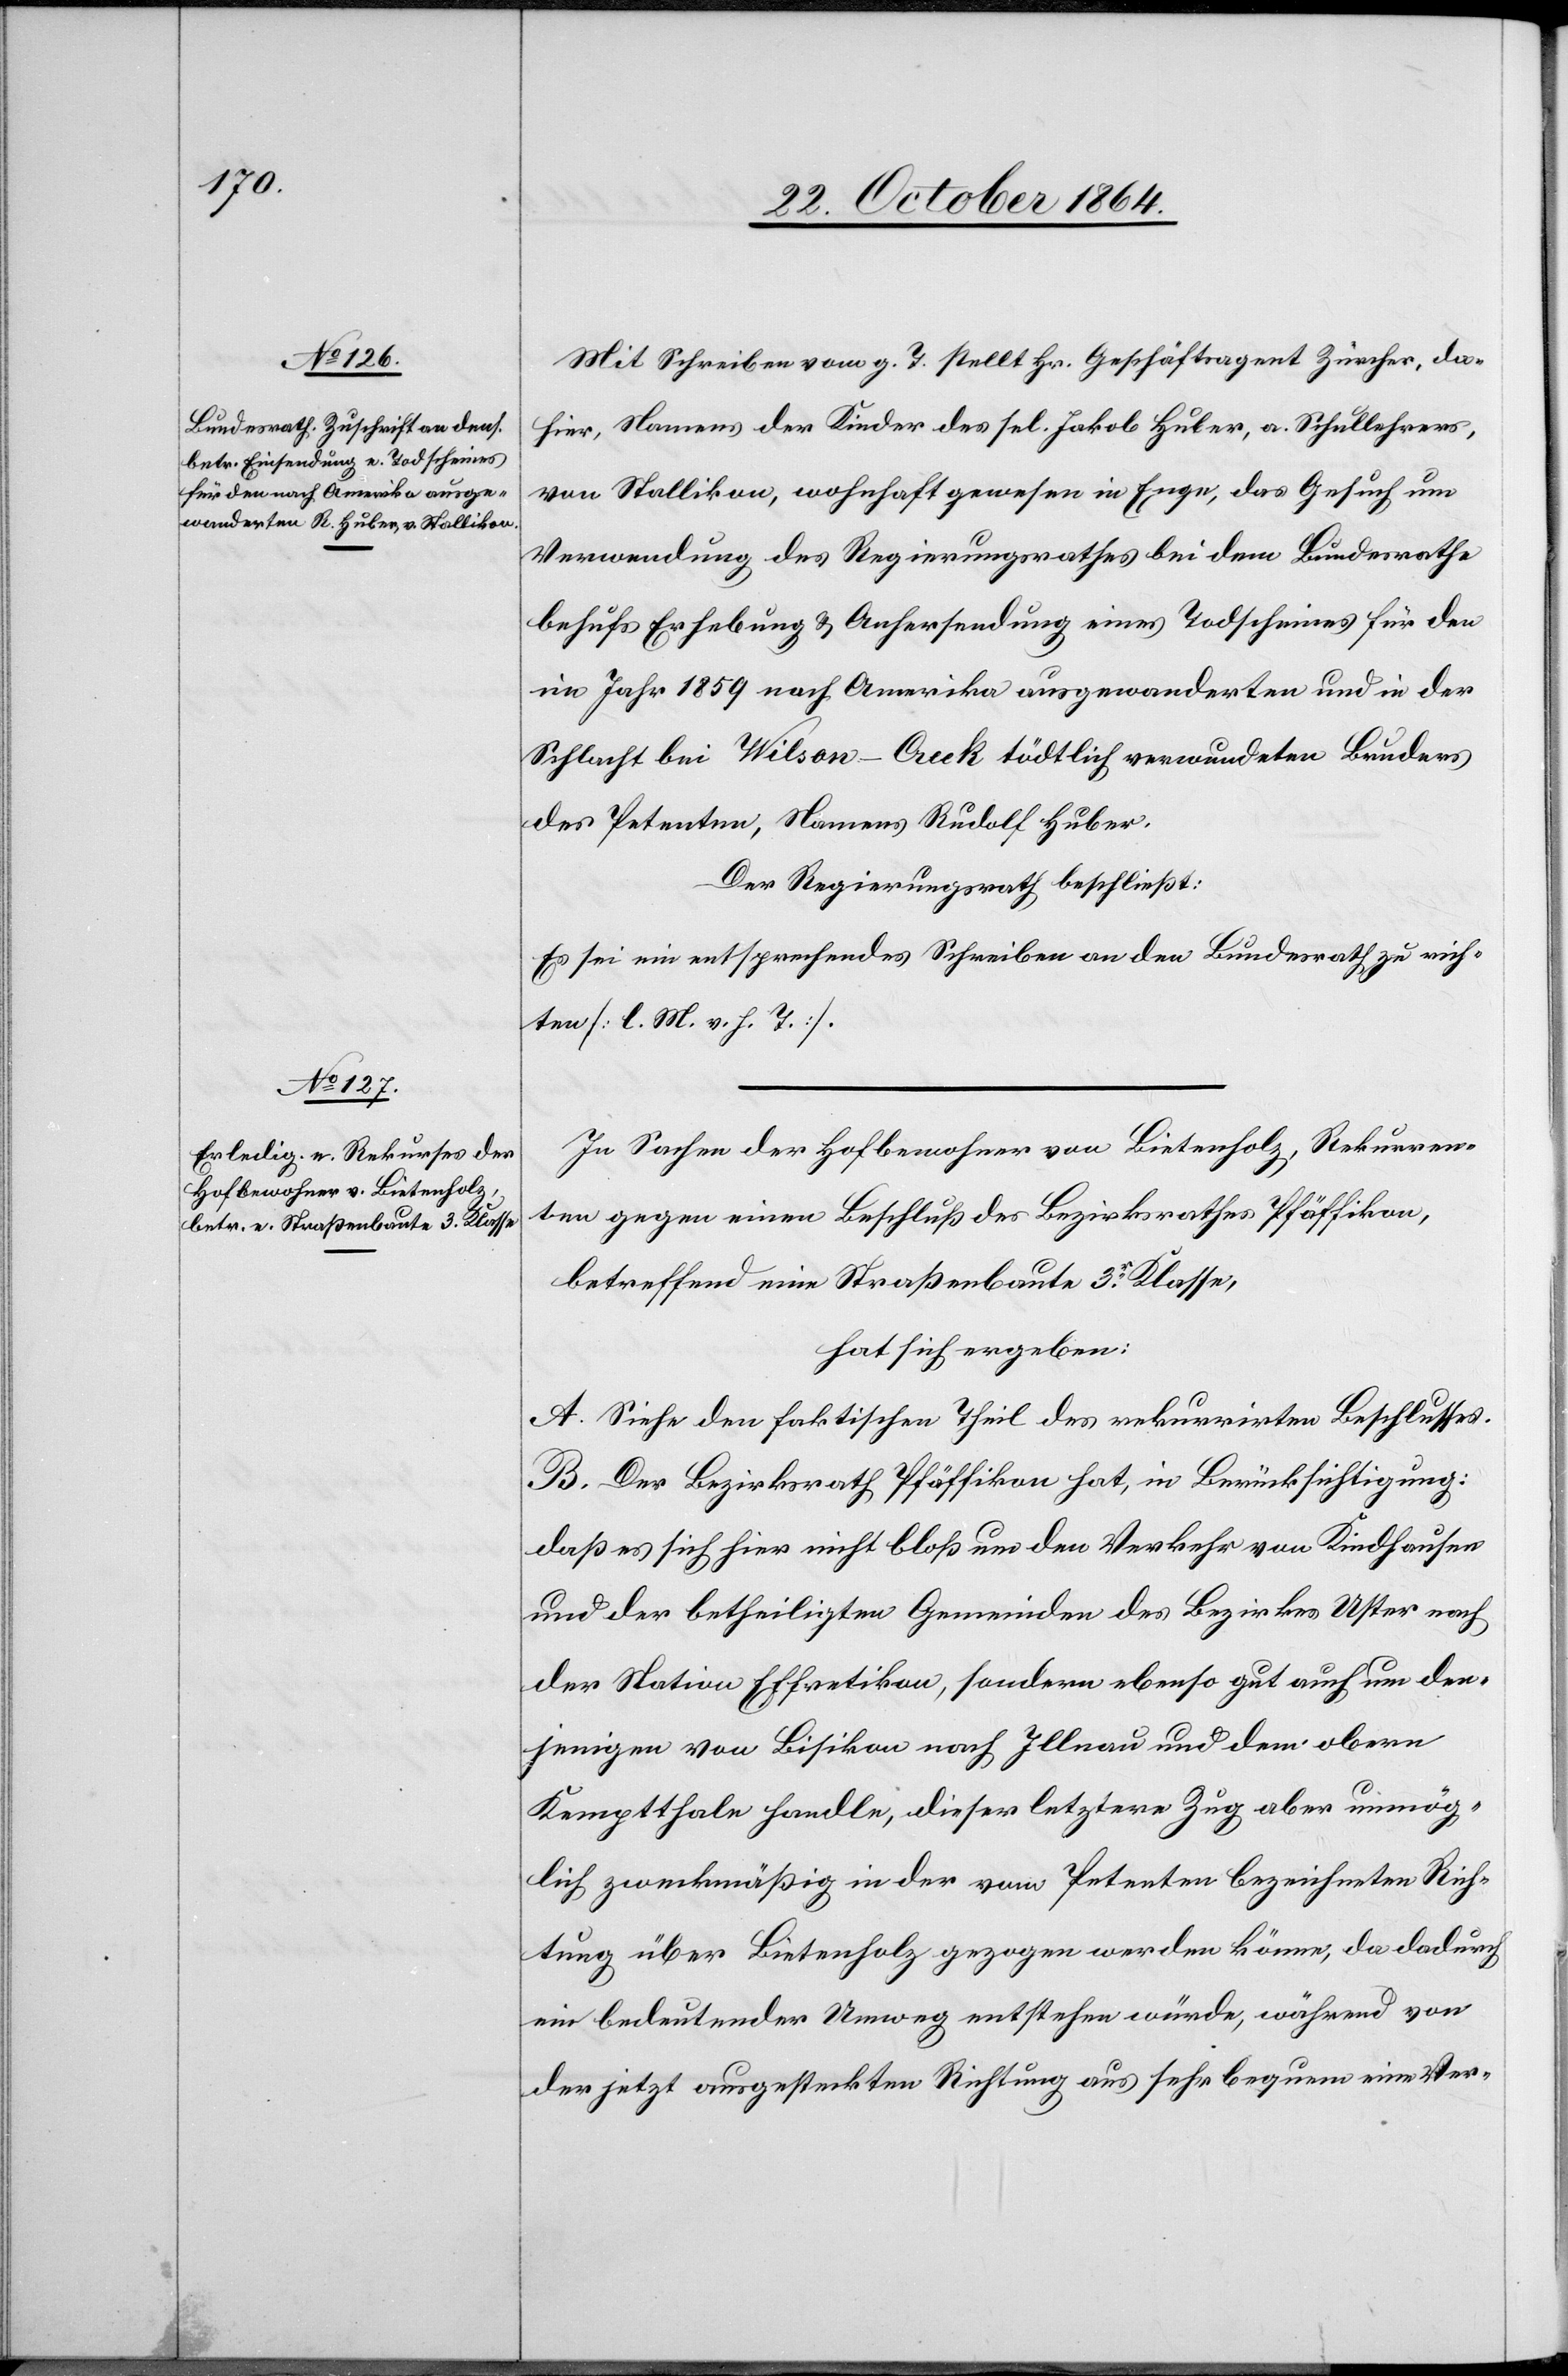
Mit Schreiben vom g. T. stellt Hr. Geschäftsagent Zürcher, da¬
hier, Namens der Kinder des sel. Jakob Huber, a. Schullehrer,
von Stallikon, wohnhaft gewesen in Enge, das Gesuch um
Verwendung des Regierungsrathes bei dem Bundesrathe
behufs Erhebung & Anhersendung eines Todscheines für den
im Jahr 1859 nach Amerika ausgewanderten und in der
Schlacht bei Wilson-Creek tödtlich verwundeten Bruder
des Petenten, Namens Rudolf Huber.
Der Regierungsrath beschließt:
Es sei ein entsprechendes Schreiben an den Bundesrath zu rich¬
ten [l. M. v. h. T.].
In Sachen der Hofbewohner von Bietenholz, Rekurren¬
ten gegen einen Beschluß des Bezirksrathes Pfäffikon,
betreffend Straßenbaute 3.r Klasse
hat sich ergeben:
A. Siehe den faktischen Theil des rekurrirten Beschlusses.
B. Der Bezirksrath Pfäffikon hat, in Berücksichtigung:
daß es sich hier nicht bloß um den Verkehr von Kindhausen
und den betheiligten Gemeinden des Bezirkes Uster nach
der Station Effretikon, sondern ebenso gut auch um den¬
jenigen von Bisikon nach Illnau und dem obern
Kempthale handle, dieser letztere Zug aber unmög¬
lich zweckmäßig in der vom Petenten bezeichneten Rich¬
tung über Bietenholz gezogen werden könne, da dadurch
ein bedeutender Umweg entstehen würde, während von
der jetzt ausgesteckten Richtung aus sehr bequem eine Ver-